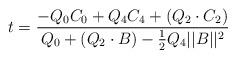
LaTeX: \begin{align*}t={-Q_0C_0+Q_4C_4+(Q_2\cdot C_2)\over Q_0+(Q_2\cdot B)-{1\over 2}Q_4||B||^2}\end{align*}